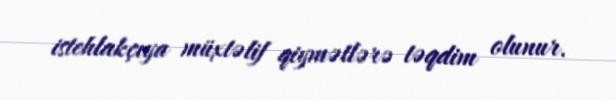
istehlakçıya müxtəlif qiymətlərə təqdim olunur.